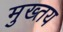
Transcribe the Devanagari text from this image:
मुख्तय